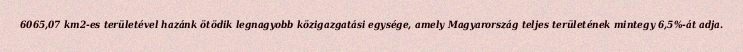
6065,07 km2-es területével hazánk ötödik legnagyobb közigazgatási egysége, amely Magyarország teljes területének mintegy 6,5%-át adja.